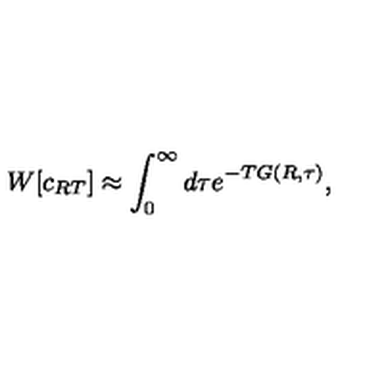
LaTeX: W [ c _ { R T } ] \approx \int _ { 0 } ^ { \infty } d \tau e ^ { - T G ( R , \tau ) } ,